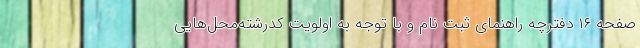
صفحه ۱۶ دفترچه راهنمای ثبت نام و با توجه به اولویت کدرشته‌محل‌هایی